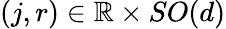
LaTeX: (j,r)\in{\mathbb R}\times SO(d)